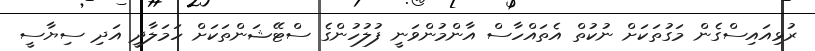
ރުޅިއައިސްގެން މަގުތަކަށް ނުކުތް އެތައްހާސް އާންމުންވަނީ ފުލުހުންގެ ސްޓޭޝަންތަކަށް ހަމަލާދީ އަދި ސިޔާސީ